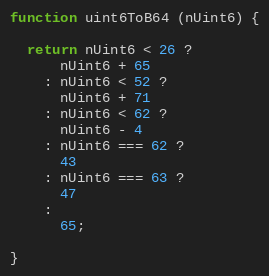
Language: JavaScript
function uint6ToB64 (nUint6) {

  return nUint6 < 26 ?
      nUint6 + 65
    : nUint6 < 52 ?
      nUint6 + 71
    : nUint6 < 62 ?
      nUint6 - 4
    : nUint6 === 62 ?
      43
    : nUint6 === 63 ?
      47
    :
      65;

}